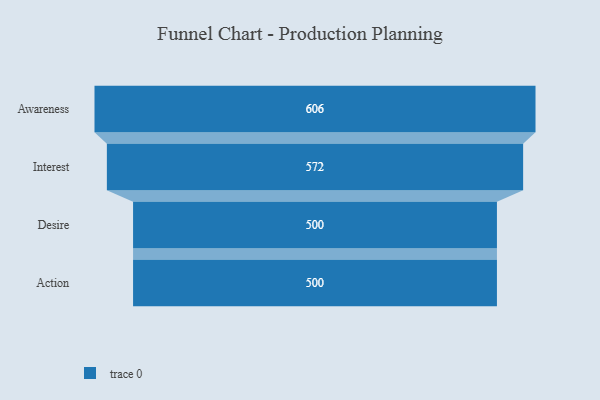
{"axis": {"x": "Stage", "y": "Value"}, "legend": [""], "data": [{"x": "Awareness", "y": 606.0, "type": ""}, {"x": "Interest", "y": 572.0, "type": ""}, {"x": "Desire", "y": 500, "type": ""}, {"x": "Action", "y": 500, "type": ""}]}